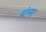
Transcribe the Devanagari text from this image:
धंम्मा